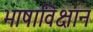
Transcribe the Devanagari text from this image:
भाषाविक्षान